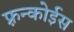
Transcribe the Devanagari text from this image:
फ़्रन्कोईस